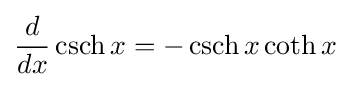
{\frac {d}{dx}}\operatorname {csch} x=-\operatorname {csch} {x}\coth {x}